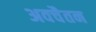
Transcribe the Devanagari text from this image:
अवचैतन